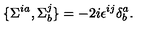
\{ \Sigma ^ { i a } , \Sigma _ { b } ^ { j } \} = - 2 i \epsilon ^ { i j } \delta _ { b } ^ { a } .